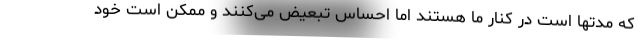
که مدتها است در کنار ما هستند اما احساس تبعیض می‌کنند و ممکن است خود